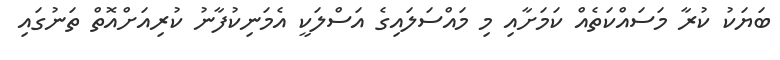
ބަޔަކު ކުރާ މަސައްކަތެއް ކަމަށާއި މި މައްސަލައިގެ އަސްލަކީ އެމަނިކުފާނު ކުރިއަށްއޮތް ތަނުގައި